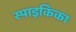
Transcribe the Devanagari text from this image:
स्पाइकिका